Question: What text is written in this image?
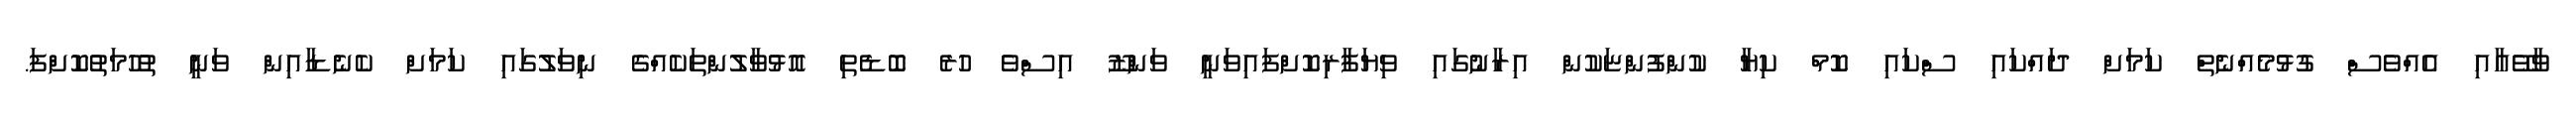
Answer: ވާވޭއާއި އެއްވެސް ގުޅުމެއްނެތް ކަމަށް ދައްކައި ސްކައި ކޮމް ކިޔާ ކުންފުންޏަކުން އިރާނުގައި ވިޔަފާރިކޮށްފައިވަނީ ވަންޒޫ އިސްވެ ހުރެ ބޮޑެތި އޮޅުވާލުންތަކެއްގެ ނިވަލުގައި ކަމަށް ކެނެޑާއިން ވަނީ ތުހުމަތުކޮށްފަ.